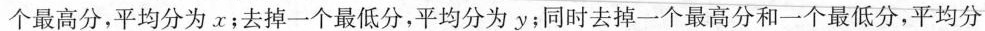
个最高分，平均分为。x；去掉一个最低分，平均分为y；同时去掉一个最高分和一个最低分，平均分